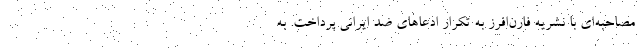
مصاحبه‌ای با نشریه فارن‌افرز به تکرار ادعاهای ضد ایرانی پرداخت. به